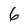
Character: 6